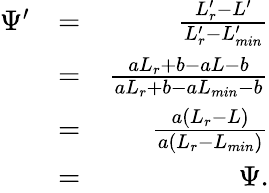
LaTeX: \begin{array}{rlr}{\Psi^{\prime}}&{=}&{\frac{L_{r}^{\prime}-L^{\prime}}{L_{r}^{\prime}-L_{min}^{\prime}}}\\ &{=}&{\frac{aL_{r}+b-aL-b}{aL_{r}+b-aL_{min}-b}}\\ &{=}&{\frac{a(L_{r}-L)}{a(L_{r}-L_{min})}}\\ &{=}&{\Psi.}\end{array}